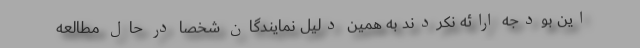
این بودجه ارائه نکردند به همین دلیل نمایندگان شخصاً در حال مطالعه